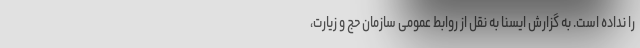
را نداده است. به گزارش ایسنا به نقل از روابط عمومی سازمان حج و زیارت،